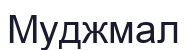
Муджмал